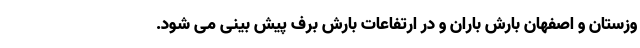
وزستان و اصفهان بارش باران و در ارتفاعات بارش برف پیش بینی می شود.